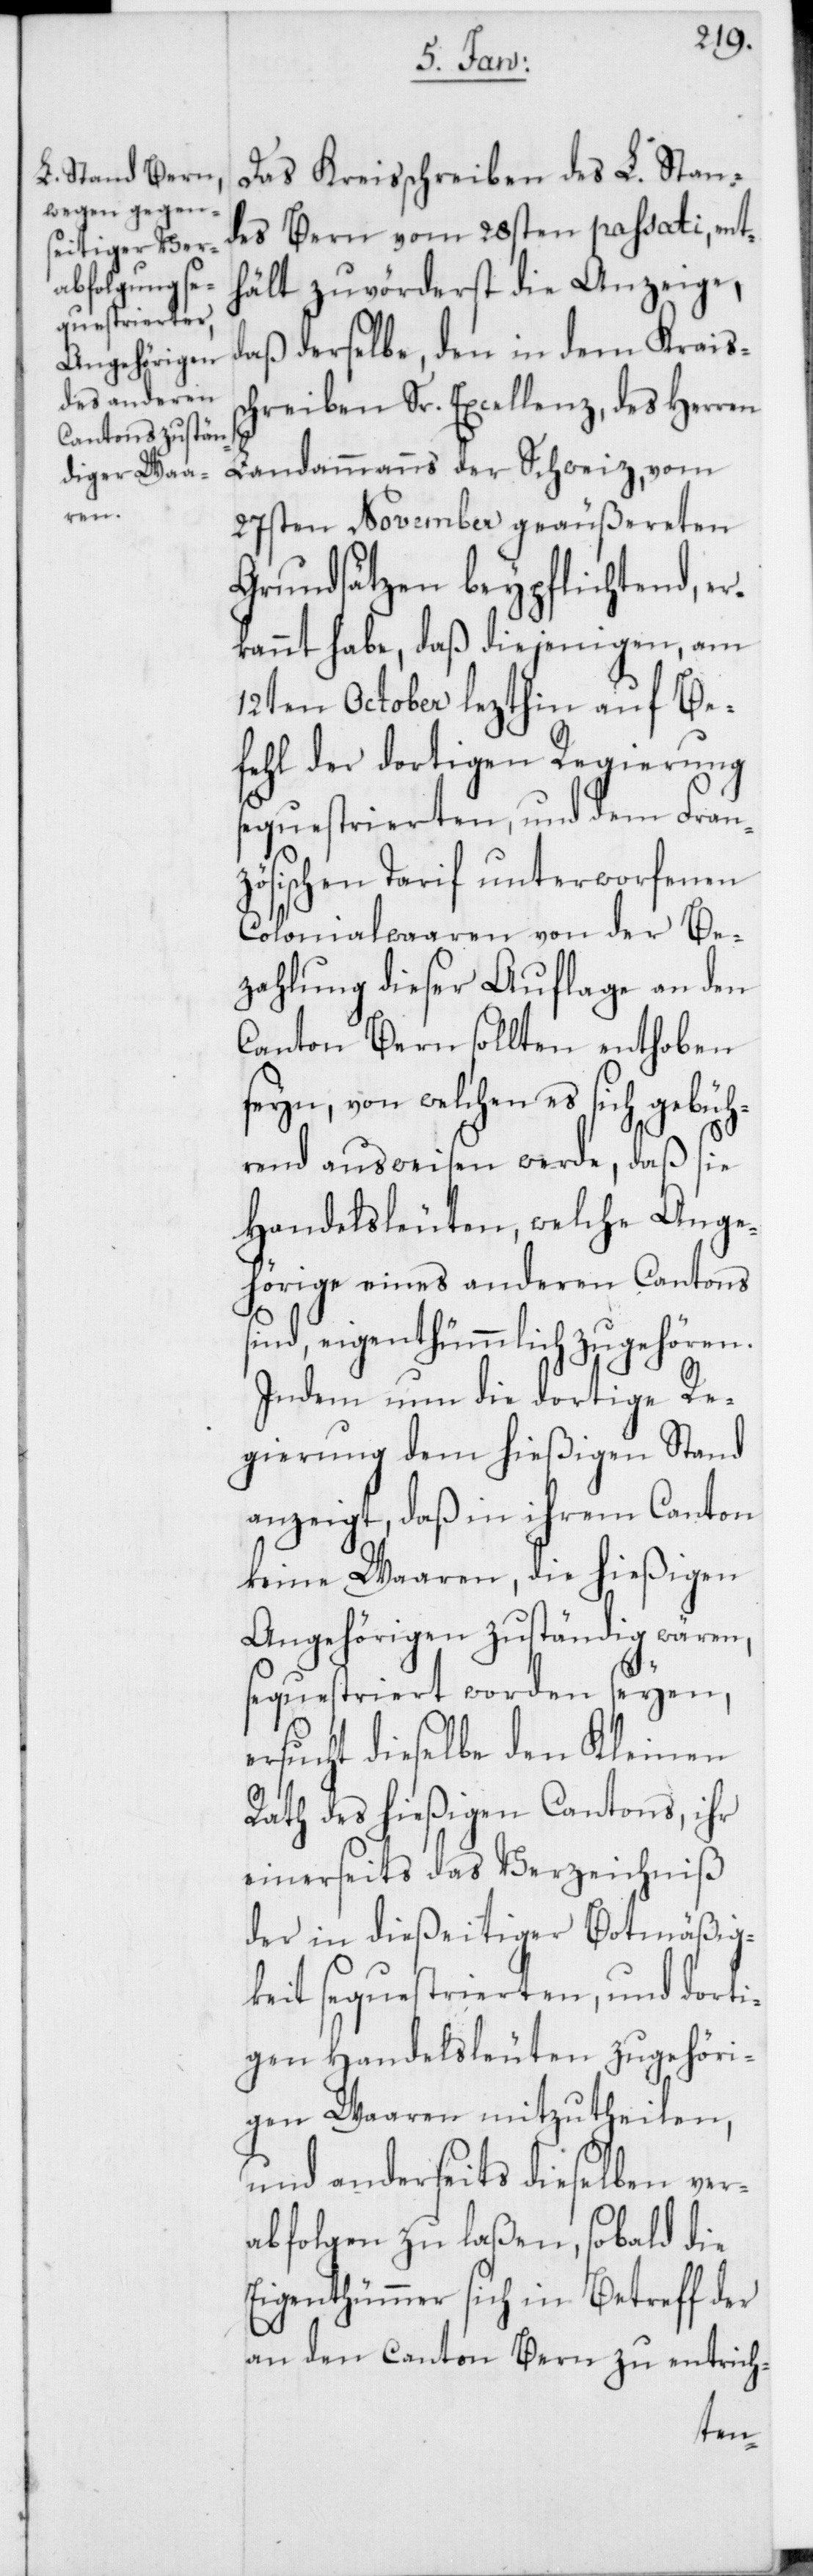
Das Kreisschreiben des L. Stan¬
des Bern vom 28sten passati, ent¬
hält zuvörderst die Anzeige,
daß derselbe, den in dem Krais¬
chreiben Sr. Excellenz, des Herren
Landammanns der Schweiz, vom
27sten November geäußereten
Grundsätzen beypflichtend, er¬
kannt habe, daß diejenigen, am
12ten October lezthin auf Be¬
fehl der dortigen Regierung
sequestrierten, und dem Fran¬
zösischen Tarif unterworfenen
Colonialwaaren von der Be¬
zahlung dieser Auflage an den
Canton Bern sollten enthoben
seyn, von welchen es sich gebüh¬
rend ausweisen werde, daß sie
Handelsleuten, welche Ange¬
hörige eines anderen Cantons
sind, eigenthümlich zugehören.
Indem nun die dortige Re¬
gierung dem hießigen Stand
anzeigt, daß in ihrem Canton
keine Waaren, die hießigen
Angehörigen zuständig wären,
sequestriert worden seyen,
ersucht dieselbe den Kleinen
s¬
Rath des hießigen Cantons, ihr
einerseits das Verzeichniß
der in dießeitiger Botmäßig¬
keit sequestrierten, und dorti¬
gen Handelsleuten zugehöri¬
gen Waaren mitzutheilen,
und anderseits dieselben ver¬
abfolgen zu laßen, sobald die
Eigenthümer sich in Betreff der
an den Canton Bern entrich-